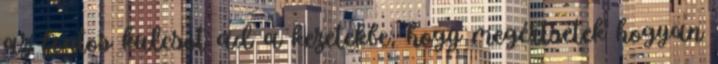
az fontos kulcsot ad a kezetekbe, hogy megértsétek hogyan